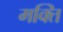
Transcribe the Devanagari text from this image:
मक्ति